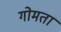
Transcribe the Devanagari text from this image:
गोमता